Rongu_vallavalitsus, lk 2
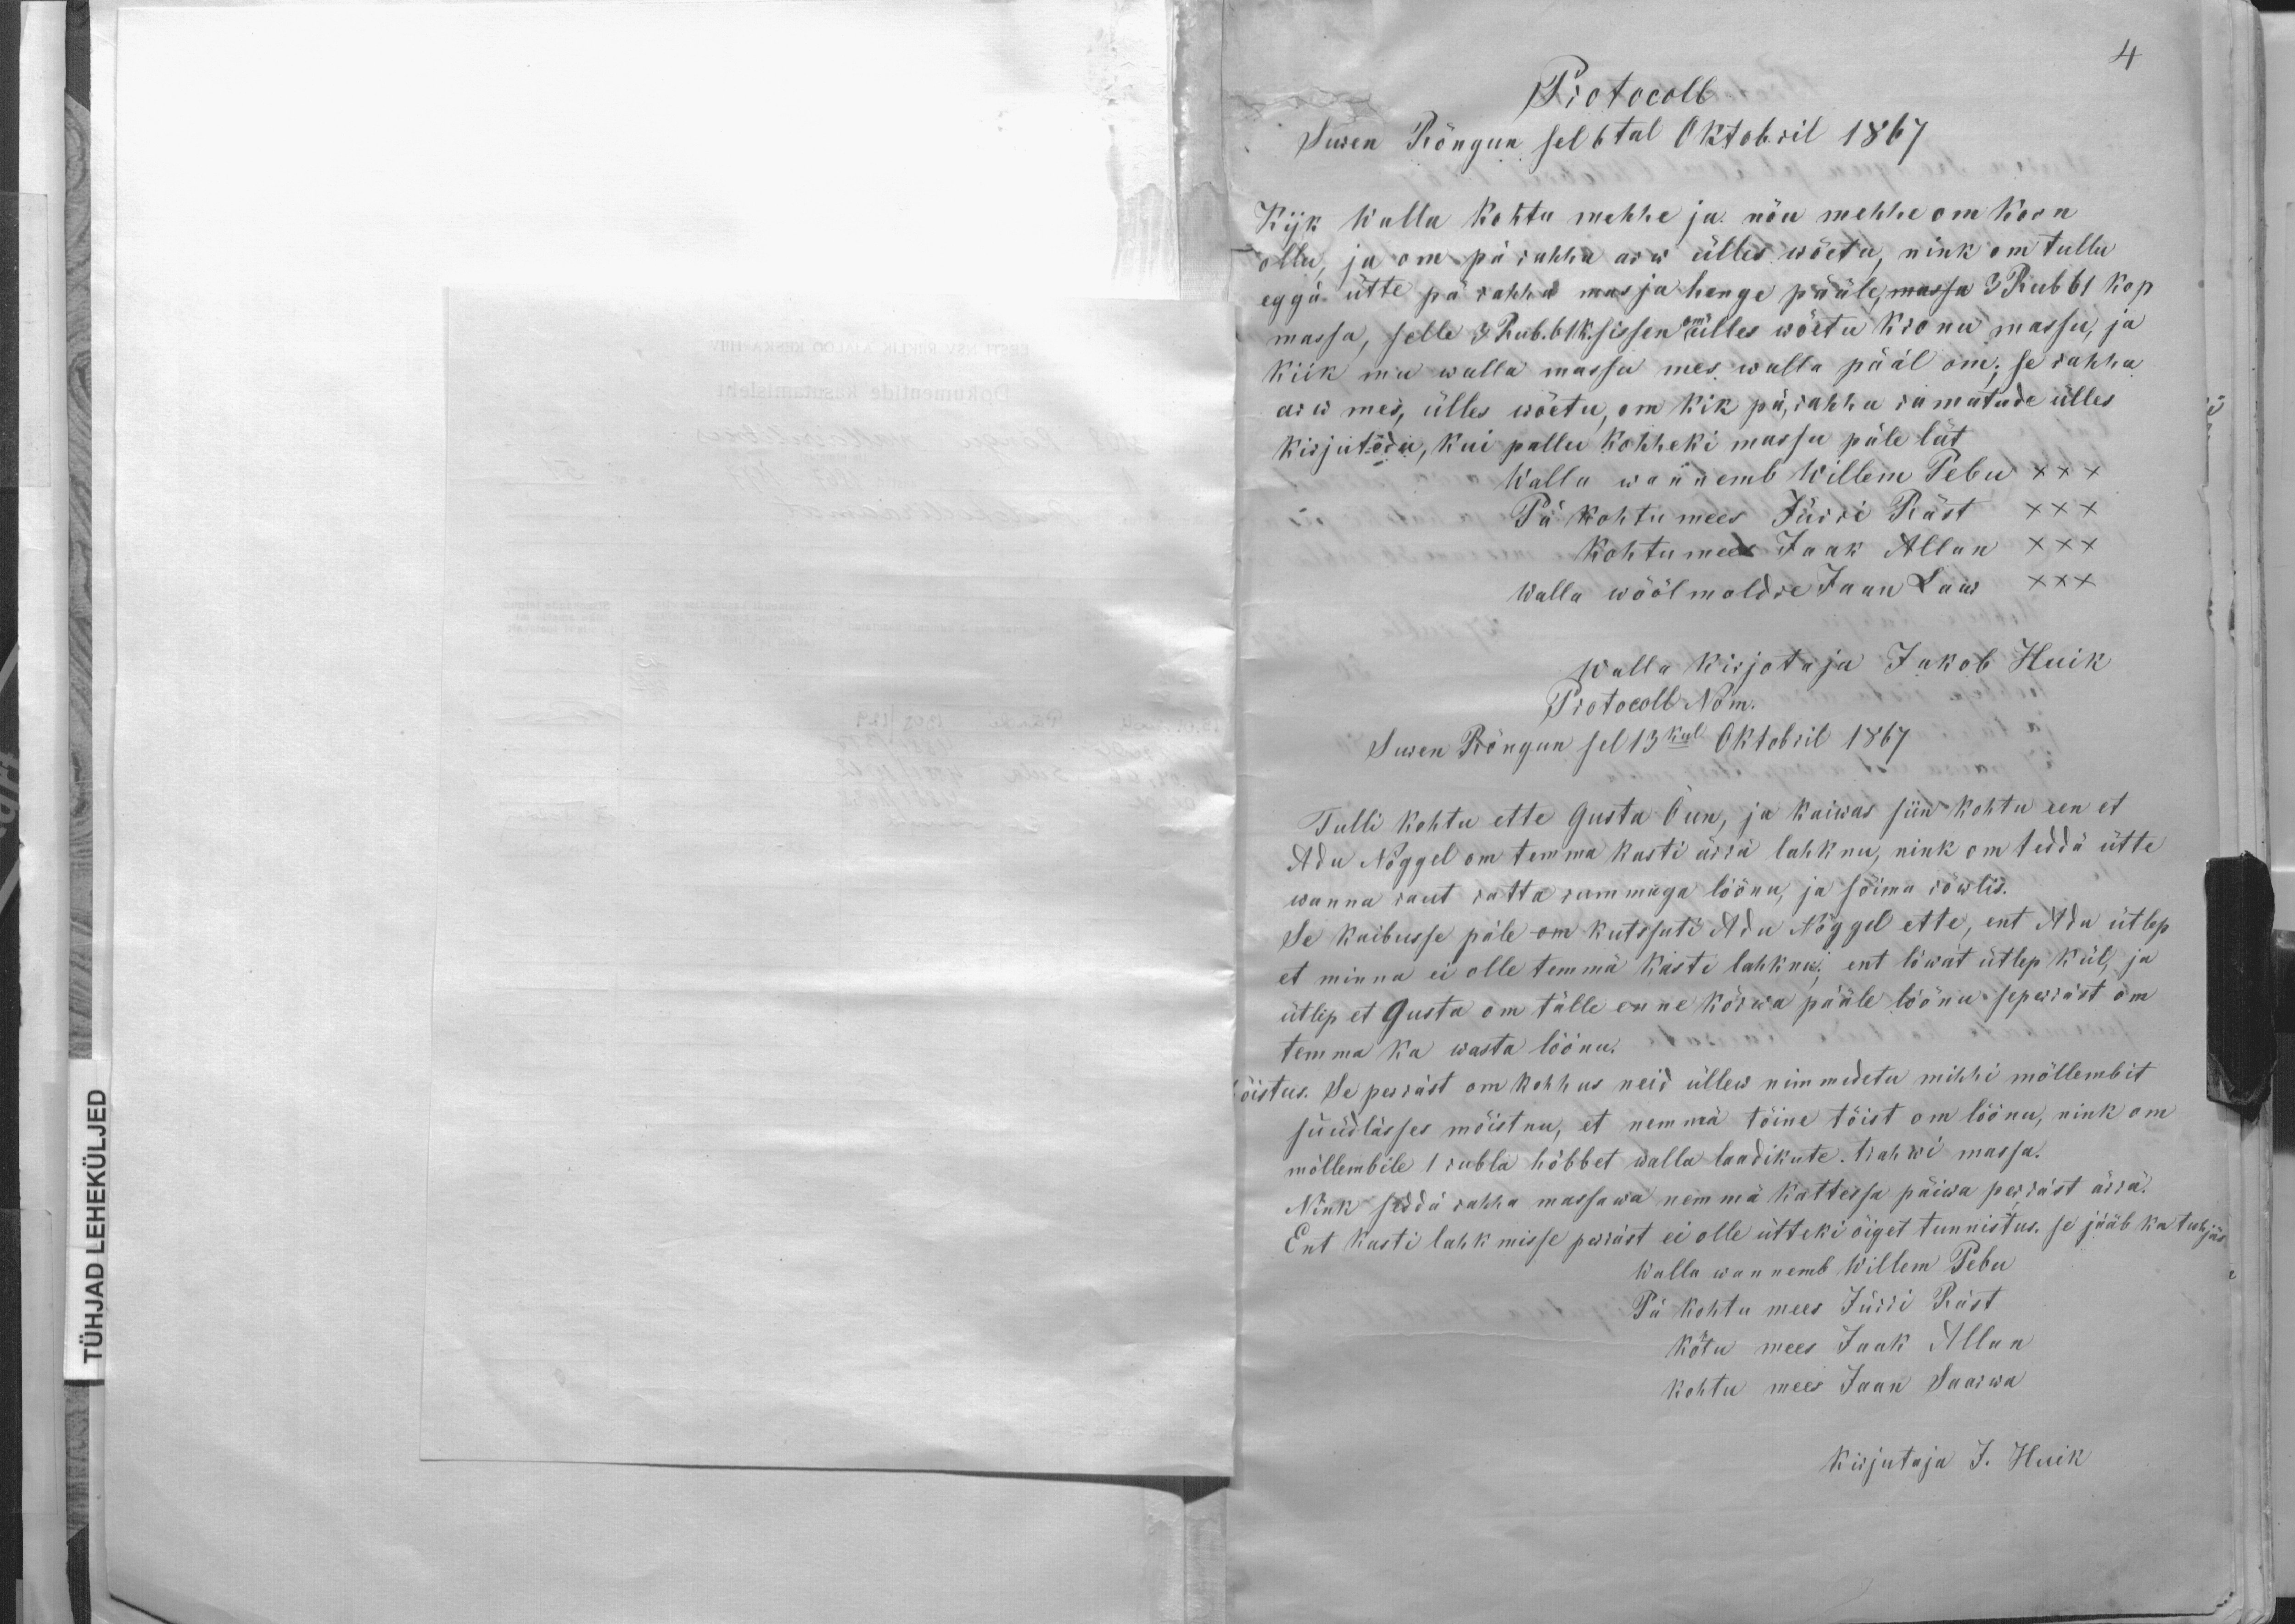
Protocoll
Suren Rõngun sel 6tal Oktobril 1867
Kyk walla kohtu mehhe ja nõu mehhe om koon
ollu, ja om pä rahha arw ülles wõetu, nink om tullu
eggä ütte pä rahha masja henge pääle, massa 3 Rub 61 kop
massa, selle 3 Rub. 61 k. sissen om ülles wõetu kronu massu, ja
kiik mu walla massu mes walla pääl om; se rahha
arw mes, ülles wõetu, on kik pä rahha ramatude ülles
kirjutedu, kui pallu kohheki massu päle lät
Walla wannemb Willem Pebu XXX
Pä kohtumees Jürri Räst
XXX
Kohtumees Jaak Allan XXX
Walla wöölmoldre Jaan Laus XXX
Walla kirjotaja Jakob Huik
Protokoll Nom.
Suren Rõngun sel 13kul Oktobril 1867
Tulli kohtu ette Gusta Õun, ja kaiwas siin kohta een et
Adu Nõggel om temma kasti ärra lahknu, nink om tedda ütte
wanna raut ratta rummuga löönu, ja sõima röwlis.
Se kaibusse päle om kutsuti Adu Nõggel ette, ent Adu ütlep
et minna ei olle temmä kasti lahknu; ent löwat ütlep kül, ja
ütlep et Gusta om tälle enne kõrwa pääle löönu seperräst om
temma ka wasta löönu.
õistus. Se perräst om kohhus neid üllew nimmedetu mihhi mõllembit
süüdlässes mõistnu, et nemmä tõine tõist om löönu, nink om
mõllembile 1 rubla hõbbet walla laadikute. Trahwi massa.
Nink seddä rahha massawa nemmä kattessa päiwa perräst ärrä.
Ent kasti lahkmisse perräst ei olle ütteki õiget tunnistus, se jääb ka tuhjäs
Walla wannemb Willem Pebu
Pä kohtu mees Jürri Räst
Kohtu mees Jaak Allun
Kohtu mees Jaan Saarwa
Kirjutaja J. Huik